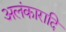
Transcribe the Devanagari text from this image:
अलंकारादि